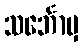
သင်္ဘောမှ